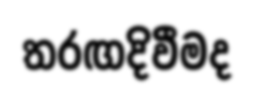
තරඟදිවීමද